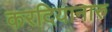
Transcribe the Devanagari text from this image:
करदियानारु